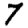
Digit: 7